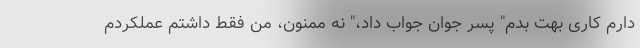
دارم کاری بهت بدم" پسر جوان جواب داد،" نه ممنون، من فقط داشتم عملکردم